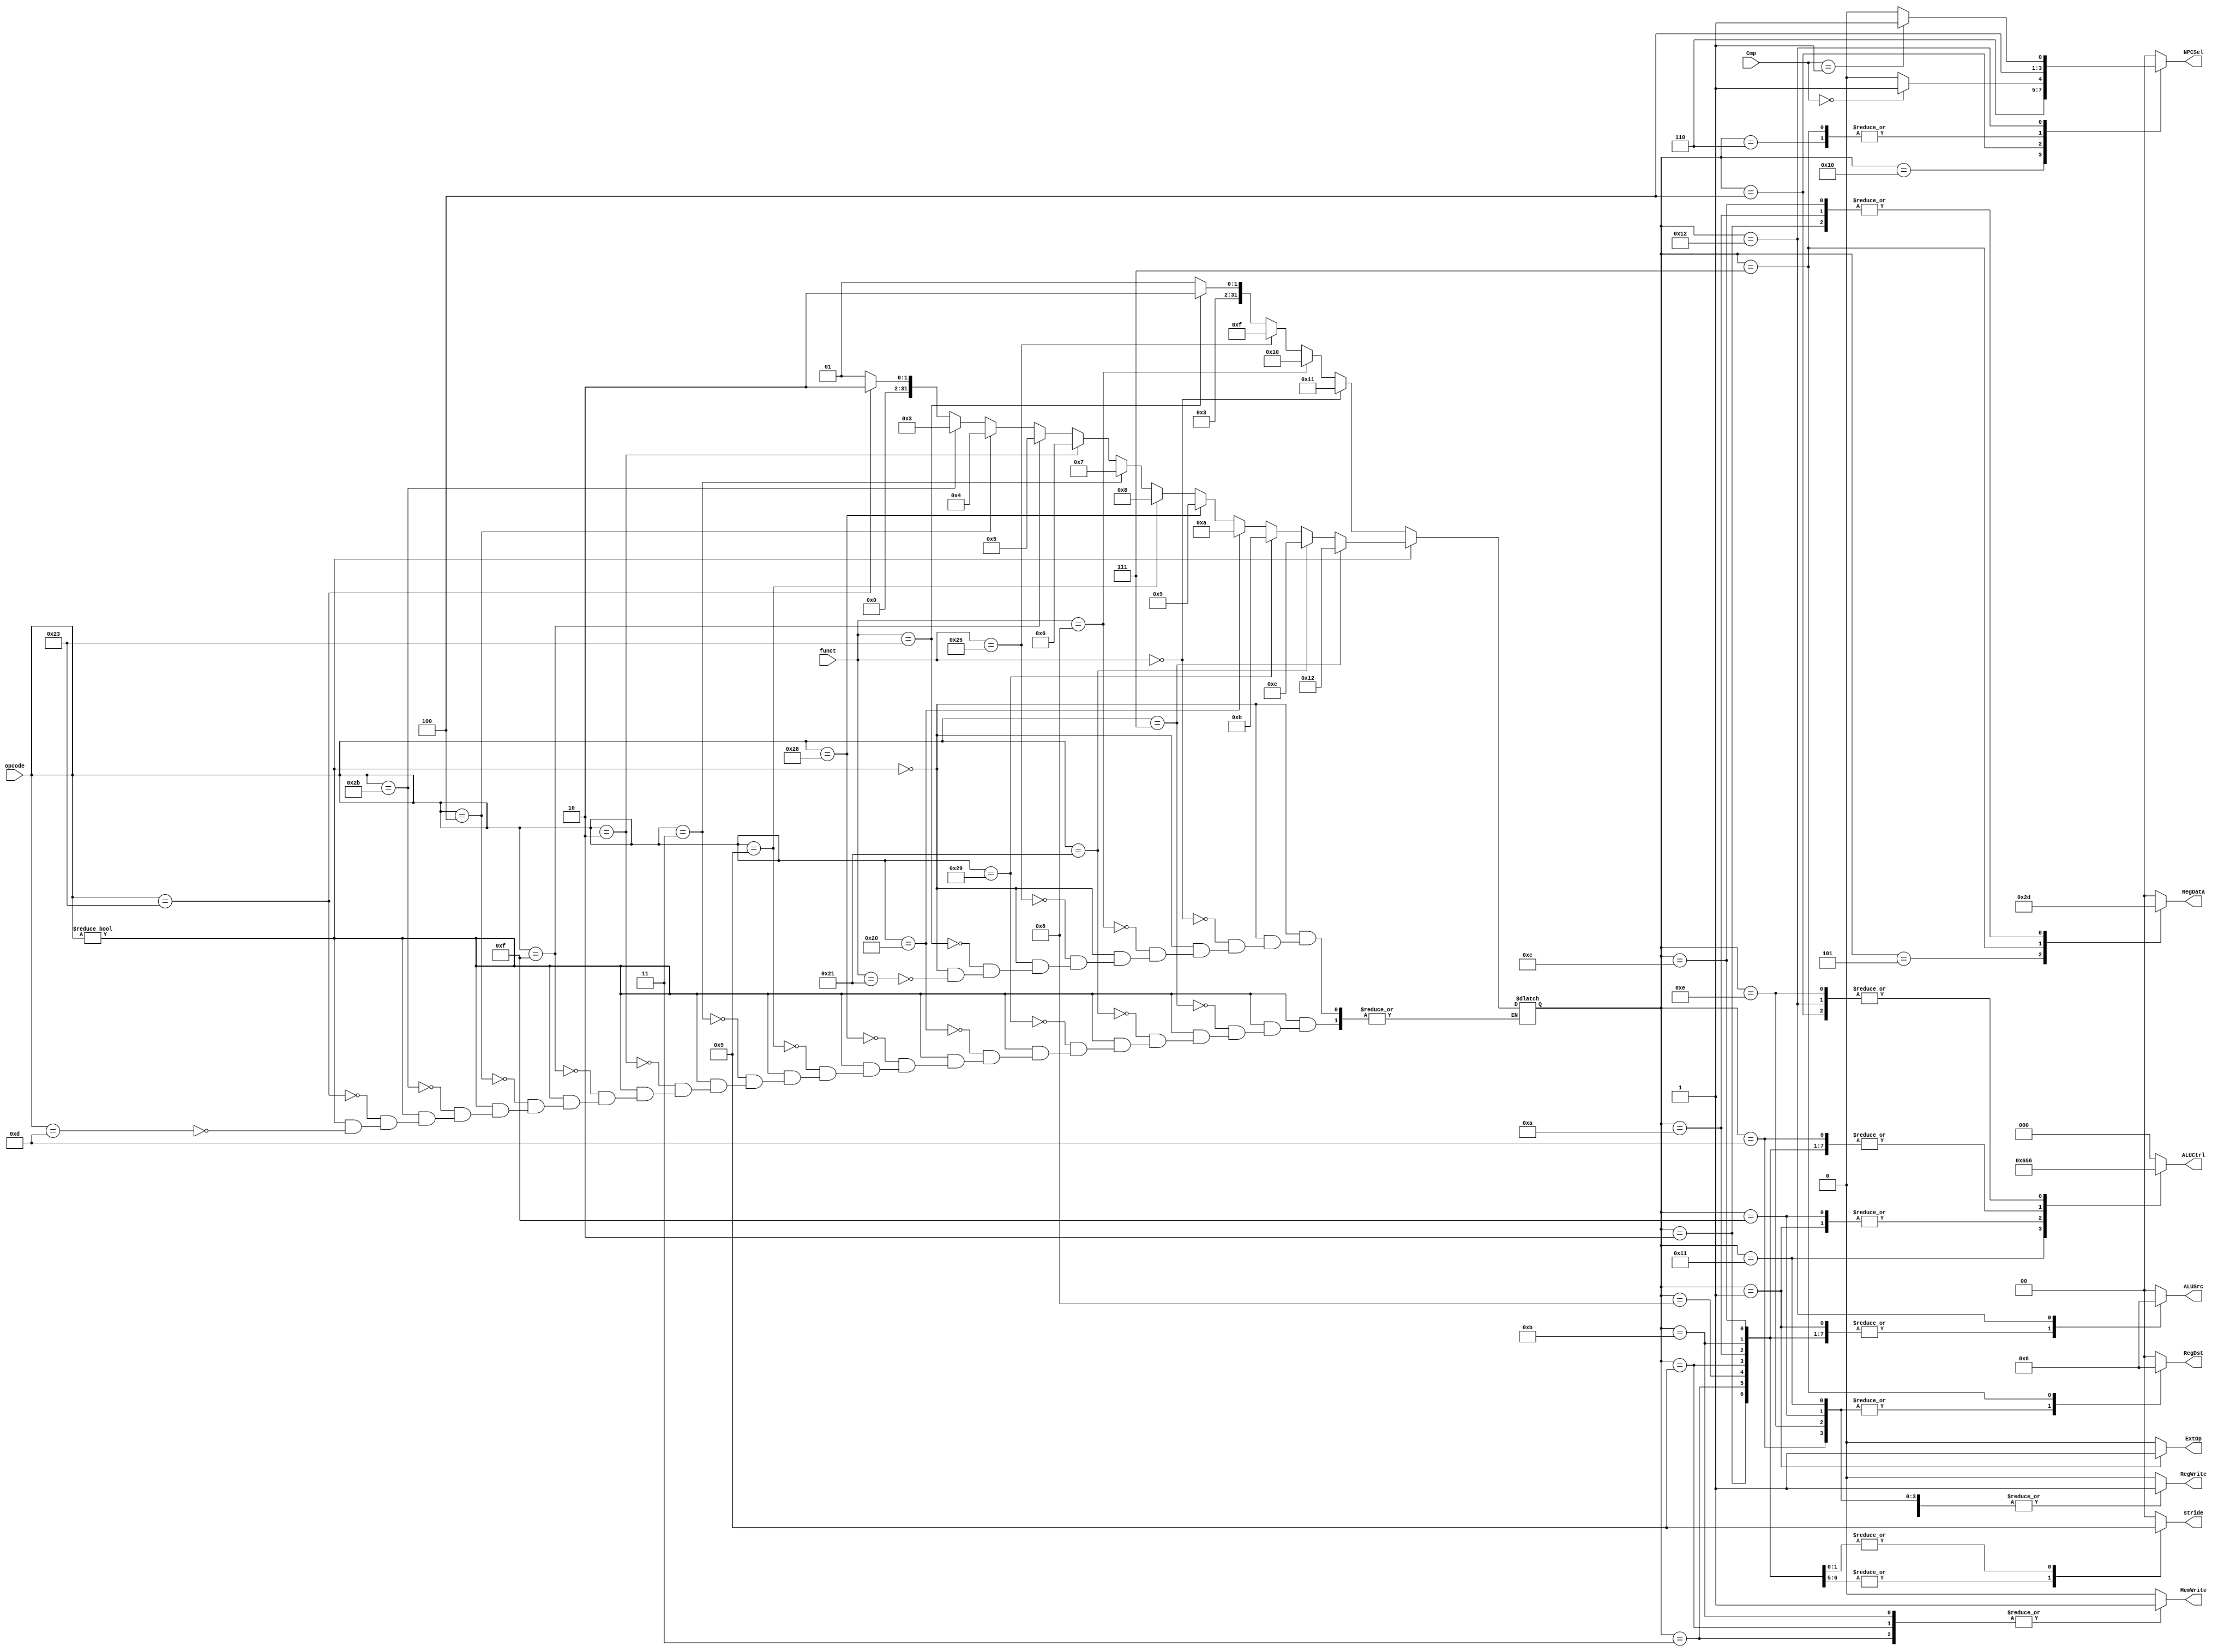
`timescale 1ns / 1ps
//////////////////////////////////////////////////////////////////////////////////
// Company: 
// Engineer: 
// 
// Design Name: 
// Module Name:    Controller 
// Project Name: 
// Target Devices: 
// Tool versions: 
// Description: 
//
// Dependencies: 
//
// Revision: 
// Revision 0.01 - File Created
// Additional Comments: 
//
//////////////////////////////////////////////////////////////////////////////////
module Controller(
	input [5:0] opcode,
	input [5:0] funct,
	input [1:0] Cmp,
	output reg [1:0] RegDst,
	output reg [1:0] RegData,
	output reg RegWrite,
	output reg MemWrite,
	output reg [1:0] ALUSrc,
	output reg [2:0] ALUCtrl,
	output reg [1:0] NPCSel,
	output reg ExtOp,
	output reg [1:0] stride
    );
	
	reg [31:0] instr;
	
	parameter ori=1;
	parameter lw=2;
	parameter sw=3;
	parameter beq=4;
	parameter lui=5;
	parameter j=6;
	parameter jal=7;
	parameter addiu=8;
	parameter sb=9;
	parameter lb=10;
	parameter sh=11;
	parameter lh=12;
	parameter addu=13;
	parameter subu=14;
	parameter or_=15;
	parameter jr=16;
	parameter sll=17;
	parameter bgtz=18;
	
	always@(*)begin
		if(opcode)begin
			if(opcode==32'b001101)begin
				instr=ori;
			end
			if(opcode==32'b100011)begin
				instr=lw;
			end
			if(opcode==32'b101011)begin
				instr=sw;
			end
			if(opcode==32'b000100)begin
				instr=beq;
			end
			if(opcode==32'b001111)begin
				instr=lui;
			end
			if(opcode==32'b000010)begin
				instr=j;
			end
			if(opcode==32'b000011)begin
				instr=jal;
			end
			if(opcode==32'b001001)begin
				instr=addiu;
			end
			if(opcode==32'b101000)begin
				instr=sb;
			end
			if(opcode==32'b100000)begin
				instr=lb;
			end
			if(opcode==32'b101001)begin
				instr=sh;
			end
			if(opcode==32'b100001)begin
				instr=lh;
			end
			if(opcode==32'b000111)begin
				instr=bgtz;
			end
		end
		else begin
			if(funct==32'b100001)begin
				instr=addu;
			end
			if(funct==32'b100011)begin
				instr=subu;
			end
			if(funct==32'b100101)begin
				instr=or_;
			end
			if(funct==32'b001000)begin
				instr=jr;
			end
			if(funct==32'b000000)begin
				instr=sll;
			end
		end
	end
	
	always@(*)begin
		RegDst=0;
		RegData=0;
		RegWrite=0;
		MemWrite=0;
		ALUSrc=0;
		ALUCtrl=0;
		NPCSel=0;
		ExtOp=0;
		stride=0;
		case(instr)
			addu:begin
				RegDst=1;
				RegWrite=1;
				ALUCtrl=2;
			end
			subu:begin
				RegDst=1;
				RegWrite=1;
				ALUCtrl=6;
			end
			or_:begin
				RegDst=1;
				RegWrite=1;
				ALUCtrl=1;
			end
			jr:begin
				NPCSel=3;
			end
			sll:begin
				RegDst=1;
				RegWrite=1;
				ALUCtrl=3;
			end
			ori:begin
				RegWrite=1;
				ALUSrc=1;
				ALUCtrl=1;
				ExtOp=1;
			end
			lw:begin
				RegData=1;
				RegWrite=1;
				ALUSrc=1;
				ALUCtrl=2;
				stride=2;
			end
			sw:begin
				MemWrite=1;
				ALUSrc=1;
				ALUCtrl=2;
				stride=2;
			end
			beq:begin
				ALUCtrl=6;
				if(Cmp==0)begin
					NPCSel=1;
				end
			end
			lui:begin
				RegData=2;
				RegWrite=1;
			end
			j:begin
				NPCSel=2;
			end
			jal:begin
				RegDst=2;
				RegData=3;
				RegWrite=1;
				NPCSel=2;
			end
			addiu:begin
				ALUSrc=1;
				ALUCtrl=2;
			end
			sb:begin
				MemWrite=1;
				ALUSrc=1;
				ALUCtrl=2;
			end
			lb:begin
				RegData=1;
				RegWrite=1;
				ALUSrc=1;
				ALUCtrl=2;
			end
			sh:begin
				MemWrite=1;
				ALUSrc=1;
				ALUCtrl=2;
				stride=1;
			end
			lh:begin
				RegData=1;
				RegWrite=1;
				ALUSrc=1;
				ALUCtrl=2;
				stride=1;
			end
			bgtz:begin
				ALUCtrl=6;
				ALUSrc=2;
				if(Cmp==1)begin
					NPCSel=1;
				end
			end
		endcase
	end
	
endmodule